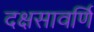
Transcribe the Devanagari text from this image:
दक्षसावर्णि